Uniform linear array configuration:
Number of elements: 32
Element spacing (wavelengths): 0.75
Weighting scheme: cosine
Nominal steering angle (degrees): -45
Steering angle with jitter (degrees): -45.401
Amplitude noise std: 0.05
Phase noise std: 0.05

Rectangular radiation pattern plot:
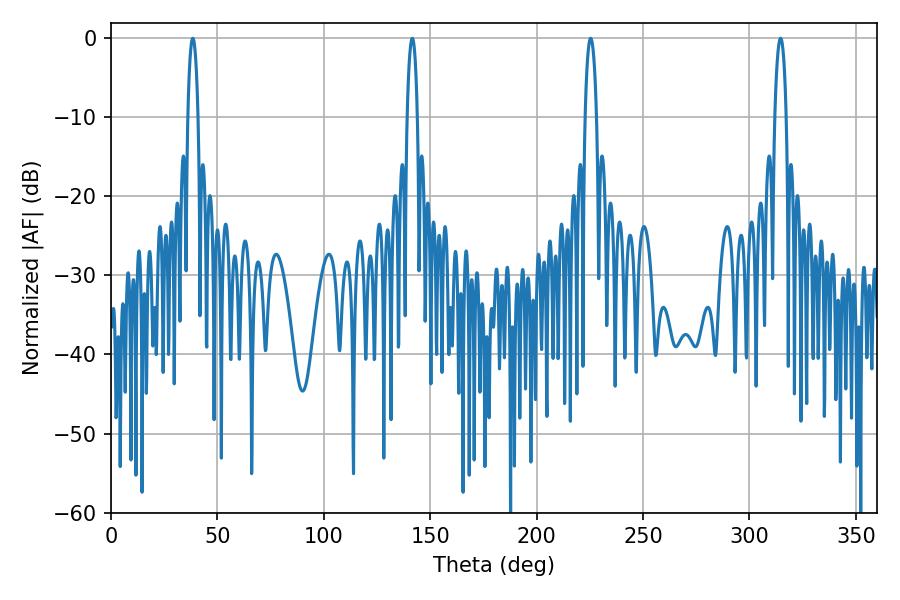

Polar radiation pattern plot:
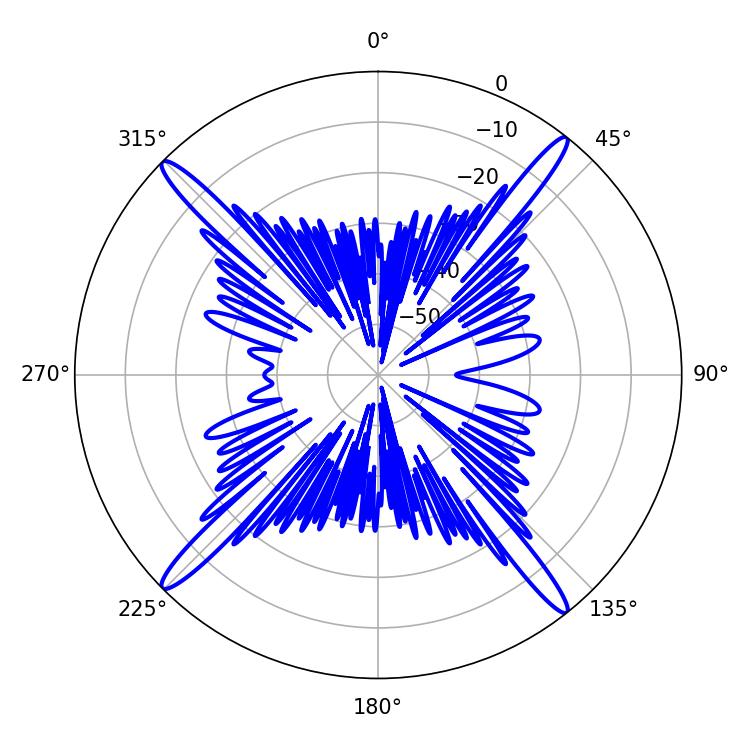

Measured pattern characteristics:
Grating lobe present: TRUE
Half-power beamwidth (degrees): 3.06
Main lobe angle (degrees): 225.36